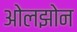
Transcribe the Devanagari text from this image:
ओलझोन